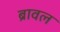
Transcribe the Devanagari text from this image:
ब्रावल